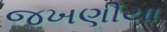
જખણીયા